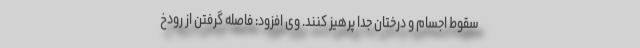
سقوط اجسام و درختان جدا پرهیز کنند. وی افزود: فاصله گرفتن از رودخ